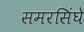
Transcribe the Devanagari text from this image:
समरसिंघे